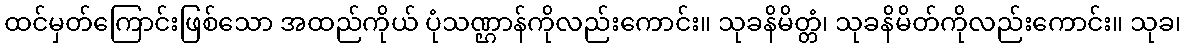
ထင်မှတ်ကြောင်းဖြစ်သော အထည်ကိုယ် ပုံသဏ္ဌာန်ကိုလည်းကောင်း။ သုခနိမိတ္တံ၊ သုခနိမိတ်ကိုလည်းကောင်း။ သုခ၊